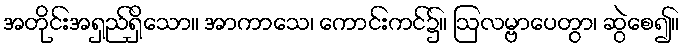
အတိုင်းအရှည်ရှိသော။ အာကာသေ၊ ကောင်းကင်၌။ ဩလမ္ဗာပေတွာ၊ ဆွဲစေ၍။